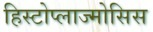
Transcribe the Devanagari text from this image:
हिस्टोप्लाज्मोसिस